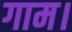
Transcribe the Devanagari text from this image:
गाम।